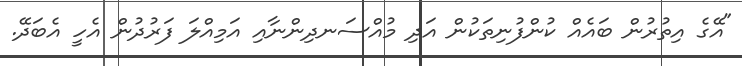
"އޭގެ އިތުރުން ބައެއް ކުންފުނިތަކުން އަދި މުއްސަނދިންނާއި އަމިއްލަ ފަރުދުން އެހީ އެބަދޭ.